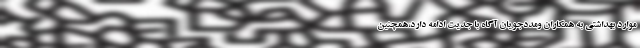
موارد بهداشتی به همکاران ومددجویان آگاه با جدیت ادامه دارد،همچنین